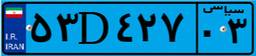
۵۳D۴۲۷۰۳